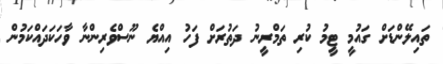
ތައިލޭންޑަށް ގައުމީ ޓީމު ކުރި ތަމްރީނު ދަތުރަށް ފަހު އިއްޔެ ނޫސްވެރިންނާ ވާހަކަދައްކަމުން